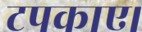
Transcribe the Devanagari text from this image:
टपकाए।